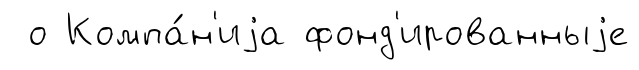
о Компа́н'иjа фонд'ированныjе